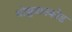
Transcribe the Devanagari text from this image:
थोझुवानकोड